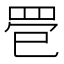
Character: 𦊳